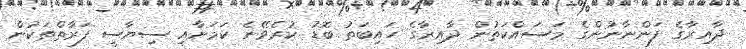
ދާއިރާގެ ފަންނާނުންގެ މަސައްކަތުން ދާއިރާގެ ހައިބަތު ބޮޑު ކުރެވޭނެ ކަމަށާއި ސިޔާސީ ފަރާތްތަކުން